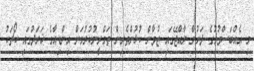
މި އެއްބަސްވުމުގެ ދަށުން ރާއްޖޭގައި ޒުވާން ކުޅުންތެރިން ތަމްރީނުކުރުމަށް އިންޑިއާގެ ޚަރަދުގައި ކޯޗަކު